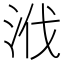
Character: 浌